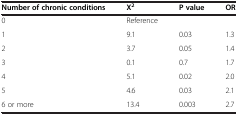
| Number of chronic conditions | X2 | P value | OR |
 | --- | --- | --- | --- |
 | 0 | Reference |  |  |
 | 1 | 9.1 | 0.03 | 1.3 |
 | 2 | 3.7 | 0.05 | 1.4 |
 | 3 | 0.1 | 0.7 | 1.7 |
 | 4 | 5.1 | 0.02 | 2.0 |
 | 5 | 4.6 | 0.03 | 2.1 |
 | 6 or more | 13.4 | 0.003 | 2.7 |